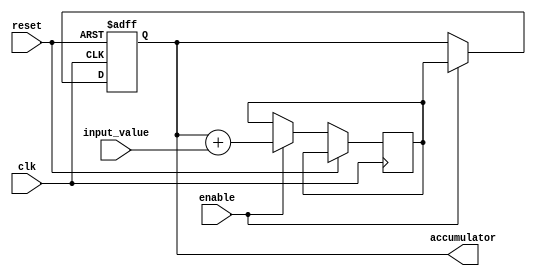
module accumulator(
    input wire clk,
    input wire reset,
    input wire enable,
    input wire [7:0] input_value,
    output reg [15:0] accumulator
);

reg [15:0] temp;

always @(posedge clk or posedge reset) begin
    if (reset) begin
        accumulator <= 16'b0;
    end else begin
        if (enable) begin
            temp <= accumulator + input_value;
            accumulator <= temp;
        end
    end
end

endmodule